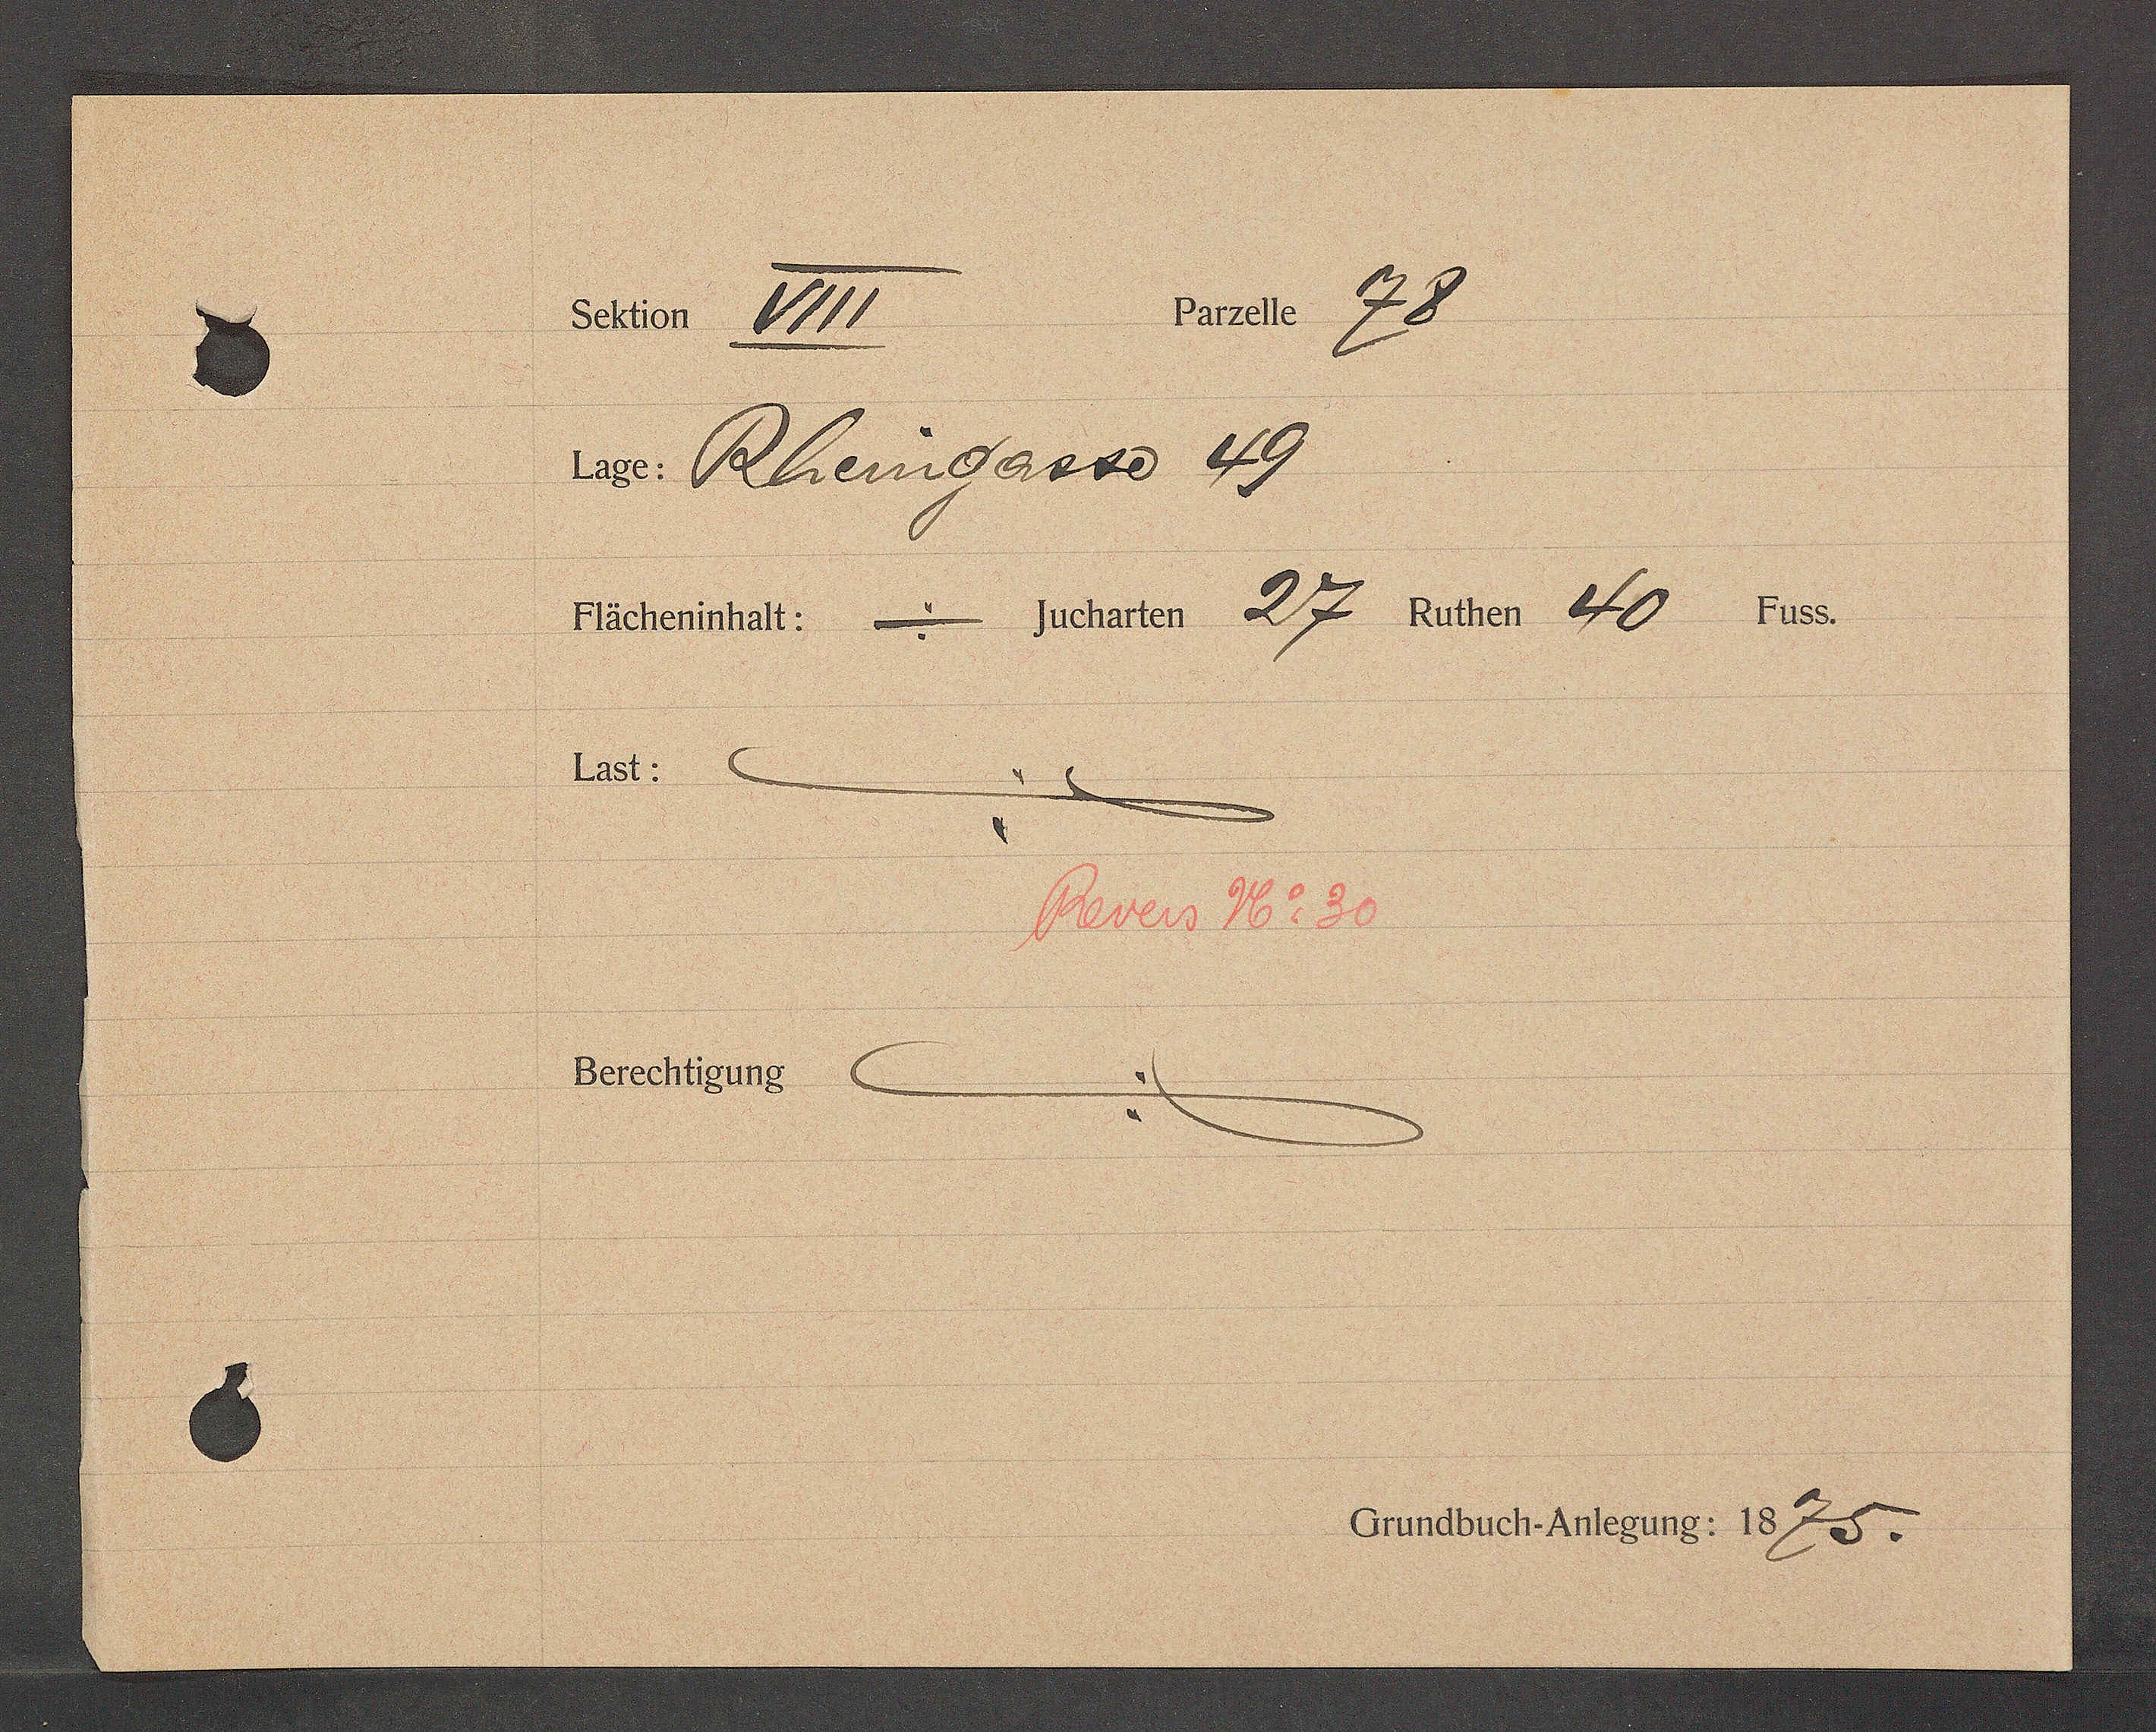
Transcript:
Bauete 28
Saer I1
. Rheingarvo 49
Flächeninhalt: = Jucharten 2gl Ruthen 6699 Fuss.
g
Last:
Merers H. 80
Berechtigung
Grundbuch-Anlegung: 1835